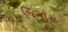
જિગોરો